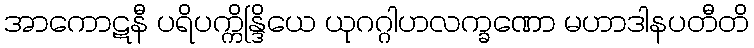
အာကောဋနီ ပရိပက္ကိန္ဒြိယေ ယုဂဂ္ဂါဟလက္ခဏော မဟာဒါနပတီတိ